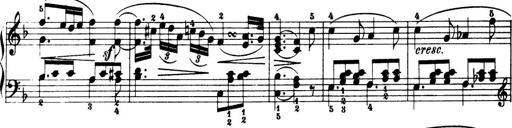
Title: 32 Sonatinas and Rondos for the Piano
Composer: Richard Kleinmichel